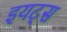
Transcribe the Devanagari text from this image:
इयट्स